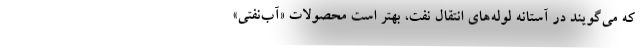
كه مي‌گويند در آستانه لوله‌هاي انتقال نفت، بهتر است محصولات «آب‌نفتي»